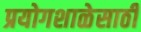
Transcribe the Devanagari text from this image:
प्रयोगशाळेसाठी